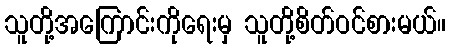
သူတို့အကြောင်းကိုရေးမှ သူတို့စိတ်ဝင်စားမယ်။